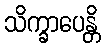
သိက္ခာပေန္တိ